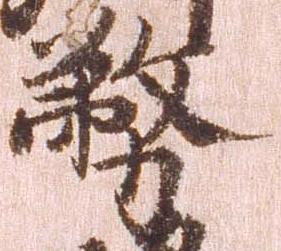
務